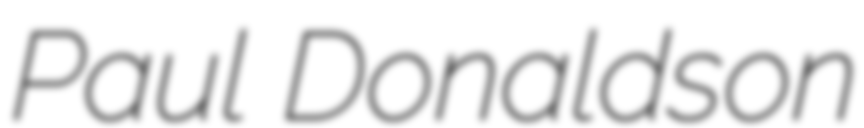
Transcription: Paul Donaldson